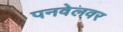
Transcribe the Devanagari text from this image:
पनवेलवर